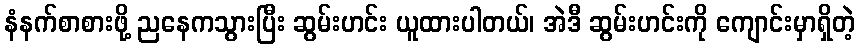
နံနက်စာစားဖို့ ညနေကသွားပြီး ဆွမ်းဟင်း ယူထားပါတယ်၊ အဲဒီ ဆွမ်းဟင်းကို ကျောင်းမှာရှိတဲ့